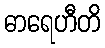
ဓာရေဟီတိ